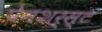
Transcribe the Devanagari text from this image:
पेनशर्स्ट